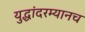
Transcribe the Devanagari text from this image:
युद्धांदरम्यानच